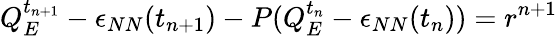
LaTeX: Q_{E}^{t_{n+1}}-\epsilon_{NN}(t_{n+1})-P(Q_{E}^{t_{n}}-\epsilon_{NN}(t_{n}))=r^{n+1}